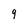
Character: 9